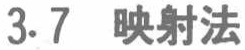
3.7 映射法